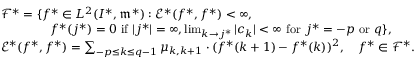
\begin{array} { r l } & { { \mathscr F } ^ { * } = \{ f ^ { * } \in L ^ { 2 } ( I ^ { * } , \mathfrak { m } ^ { * } ) : { \mathscr E } ^ { * } ( f ^ { * } , f ^ { * } ) < \infty , } \\ & { \qquad \qquad f ^ { * } ( j ^ { * } ) = 0 \mathrm { ~ i f ~ } | j ^ { * } | = \infty , \operatorname* { l i m } _ { k \rightarrow j ^ { * } } | c _ { k } | < \infty \mathrm { ~ f o r ~ } j ^ { * } = - p \mathrm { ~ o r ~ } q \} , } \\ & { { \mathscr E } ^ { * } ( f ^ { * } , f ^ { * } ) = \sum _ { - p \leq k \leq q - 1 } \mu _ { k , k + 1 } \cdot ( f ^ { * } ( k + 1 ) - f ^ { * } ( k ) ) ^ { 2 } , \quad f ^ { * } \in { \mathscr F } ^ { * } . } \end{array}